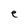
Character: e